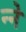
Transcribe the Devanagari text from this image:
न्ने